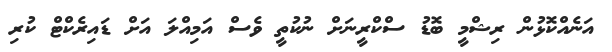
އަނެއްކޮޅުން ރިޝްމީ ބޮޑު ސްކްރީނަށް ނުކުތީ ވެސް އަމިއްލަ އަށް ޑައިރެކްޓް ކުރި